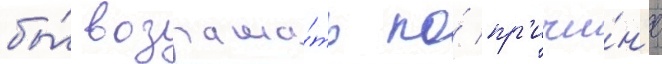
бы́ возража́ть по́ пр'ичи́н'е